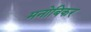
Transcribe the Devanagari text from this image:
मनोबिकर